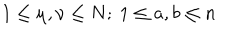
1 \leq \mu , \nu \leq N ; \ 1 \leq a , b \leq n